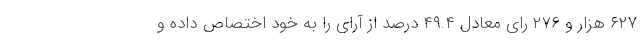
۶۲۷ هزار و ۲۷۶ رای معادل ۴۹.۴ درصد از آرای را به خود اختصاص داده و